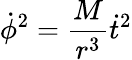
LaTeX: {\dot{\phi}}^{2}={\frac{M}{r^{3}}}{\dot{t}}^{2}